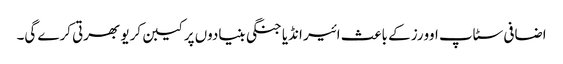
اضافی سٹاپ اوورز کے باعث ائیر انڈیا جنگی بنیادوں پر کیبن کریو بھرتی کرے گی۔